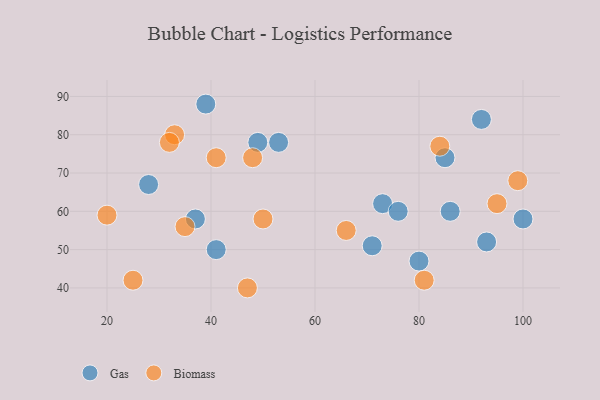
{"axis": {"x": "GDP", "y": "Life Expectancy"}, "legend": ["Biomass", "Gas"], "data": [{"x": "73", "y": 62, "type": "Gas"}, {"x": "28", "y": 67, "type": "Gas"}, {"x": "93", "y": 52, "type": "Gas"}, {"x": "76", "y": 60, "type": "Gas"}, {"x": "85", "y": 74, "type": "Gas"}, {"x": "39", "y": 88, "type": "Gas"}, {"x": "49", "y": 78, "type": "Gas"}, {"x": "100", "y": 58, "type": "Gas"}, {"x": "80", "y": 47, "type": "Gas"}, {"x": "86", "y": 60, "type": "Gas"}, {"x": "37", "y": 58, "type": "Gas"}, {"x": "92", "y": 84, "type": "Gas"}, {"x": "71", "y": 51, "type": "Gas"}, {"x": "41", "y": 50, "type": "Gas"}, {"x": "53", "y": 78, "type": "Gas"}, {"x": "95", "y": 62, "type": "Biomass"}, {"x": "35", "y": 56, "type": "Biomass"}, {"x": "50", "y": 58, "type": "Biomass"}, {"x": "99", "y": 68, "type": "Biomass"}, {"x": "33", "y": 80, "type": "Biomass"}, {"x": "66", "y": 55, "type": "Biomass"}, {"x": "81", "y": 42, "type": "Biomass"}, {"x": "20", "y": 59, "type": "Biomass"}, {"x": "84", "y": 77, "type": "Biomass"}, {"x": "32", "y": 78, "type": "Biomass"}, {"x": "48", "y": 74, "type": "Biomass"}, {"x": "41", "y": 74, "type": "Biomass"}, {"x": "47", "y": 40, "type": "Biomass"}, {"x": "25", "y": 42, "type": "Biomass"}]}